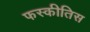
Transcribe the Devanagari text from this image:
फस्कीतिस